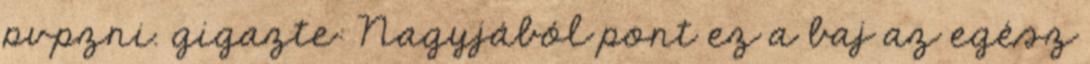
pvpzni. gigazte: Nagyjából pont ez a baj az egész